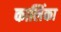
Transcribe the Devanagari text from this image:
कालिंका